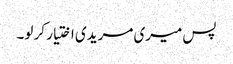
پس میری مریدی اختیار کر لو۔